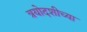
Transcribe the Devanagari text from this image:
त्रयोदशीच्या